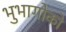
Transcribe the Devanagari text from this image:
भुभागोको